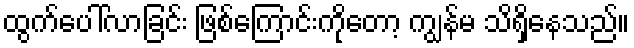
ထွက်ပေါ်လာခြင်း ဖြစ်ကြောင်းကိုတော့ ကျွန်မ သိရှိနေသည်။